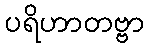
ပရိဟာတဗ္ဗာ